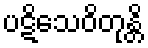
ပဋိသေဝိတုန္တိ